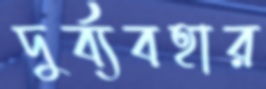
দুর্ব্যবহার